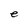
Character: e